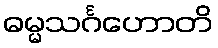
ဓမ္မသင်္ဂဟောတိ